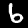
Label: 6